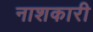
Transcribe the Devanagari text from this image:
नाशकारी